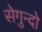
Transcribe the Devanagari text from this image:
सेगुन्दो